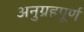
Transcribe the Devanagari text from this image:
अनुग्रहपूर्ण